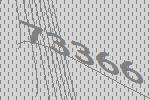
73366